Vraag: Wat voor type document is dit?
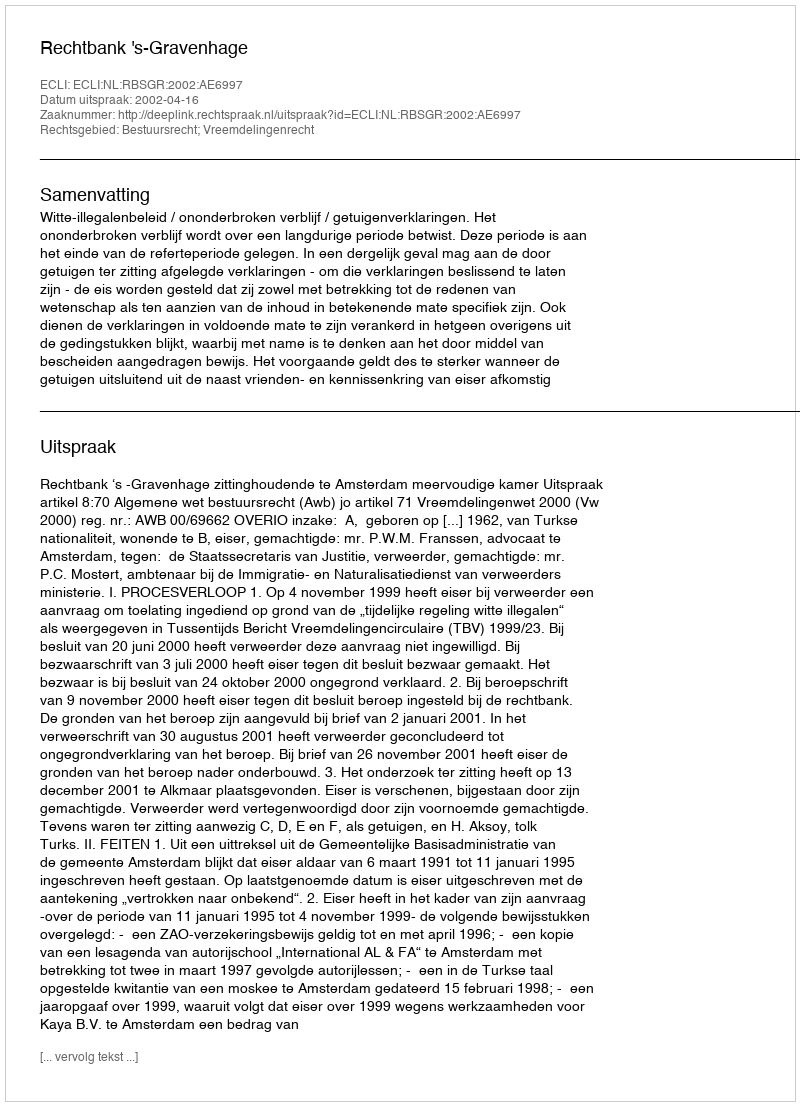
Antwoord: Uitspraak